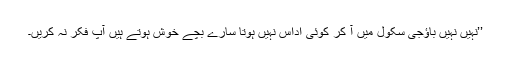
’’نہیں نہیں باؤجی سکول میں آ کر کوئی اُداس نہیں ہوتا سارے بچے خوش ہوتے ہیں آپ فکر نہ کریں۔